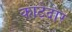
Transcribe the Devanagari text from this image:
काटेदार